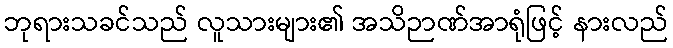
ဘုရားသခင်သည် လူသားများ၏ အသိဉာဏ်အာရုံဖြင့် နားလည်